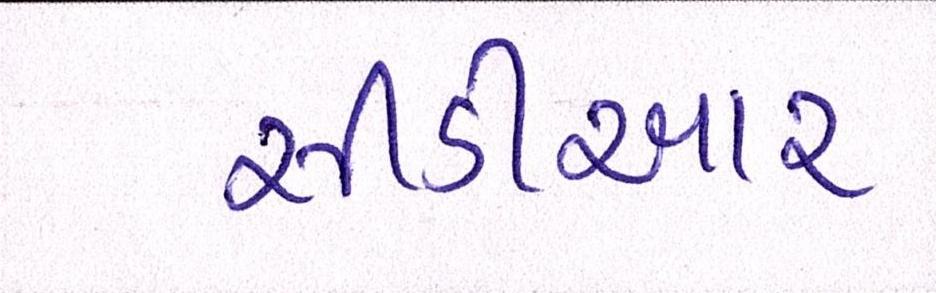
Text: સીડીઆર